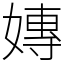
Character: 嫥